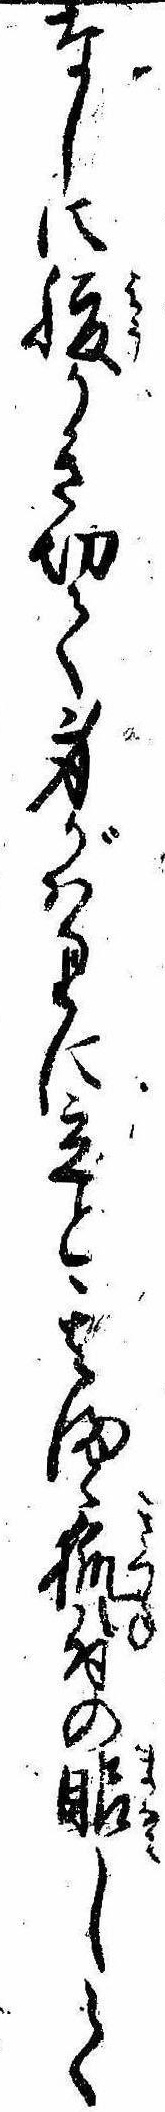
なしに腹かき切て身がはりに立と其まゝ狐付の眼して